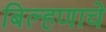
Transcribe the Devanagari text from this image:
बिल्हणाचे